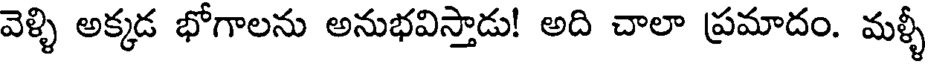
వెళ్ళి అక్కడ భోగాలను అనుభవిస్తాడు! అది చాలా ప్రమాదం. మళ్ళీ